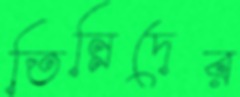
তিন্নিদের